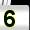
Digit: 5